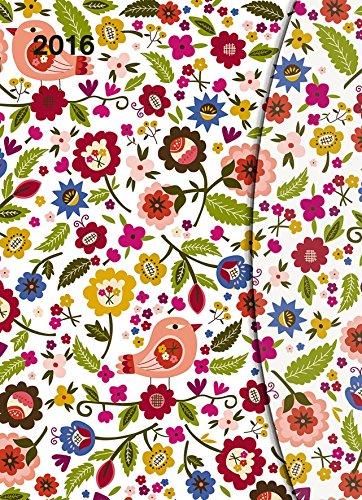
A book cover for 2016 Flowers Large Magneto Diary; Calendars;